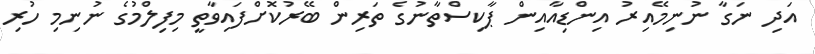
އަދި ނަގާ ނުނިމޭއިރު އިންޑިއާއިން ޕާކިސްތާނުގެ ތަރިން ބޭރުކޮށްފައިވާތީ މިފިލްމުގެ ނުނިމި ހުރި